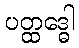
ပတ္ထဒ္ဓေါ